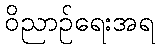
ဝိညာဉ်ရေးအရ